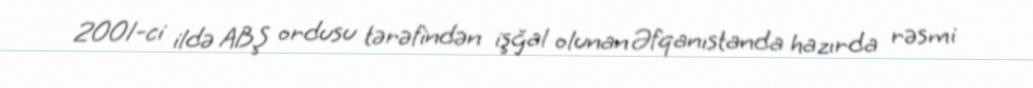
2001-ci ildə ABŞ ordusu tərəfindən işğal olunan Əfqanıstanda hazırda rəsmi